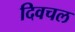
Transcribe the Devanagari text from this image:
दिवचल